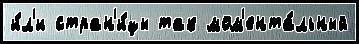
и́л'и стран'и́цы так мом'ента́льный